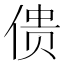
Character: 𰂜